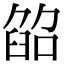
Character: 𦥵